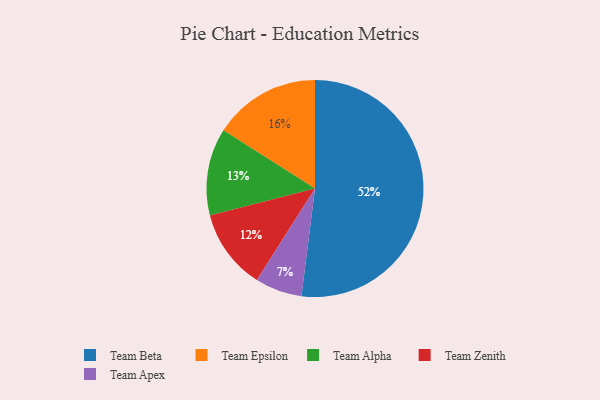
{"axis": {"x": "Category", "y": "Percentage"}, "legend": ["Team Alpha", "Team Apex", "Team Beta", "Team Epsilon", "Team Zenith"], "data": [{"x": "Team Apex", "y": 7, "type": "Team Apex"}, {"x": "Team Beta", "y": 52, "type": "Team Beta"}, {"x": "Team Epsilon", "y": 16, "type": "Team Epsilon"}, {"x": "Team Alpha", "y": 13, "type": "Team Alpha"}, {"x": "Team Zenith", "y": 12, "type": "Team Zenith"}]}